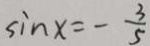
\sin x = - \frac { 3 } { 5 }